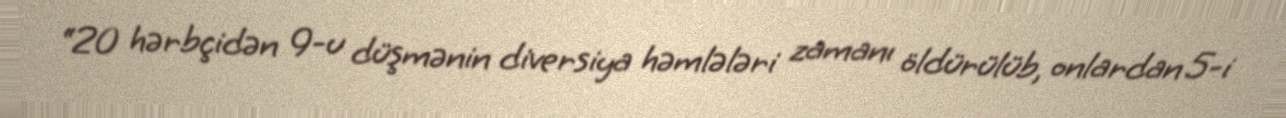
“20 hərbçidən 9-u düşmənin diversiya həmlələri zamanı öldürülüb, onlardan 5-i